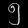
Digit: ၅